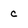
Character: c